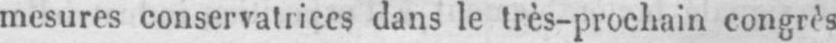
mesures conservatrices dans le très-prochain congrès